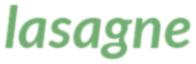
lasagne